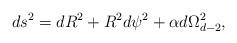
LaTeX: \begin{align*}ds^2 = dR^2 + R^2 d\psi^2 + \alpha d\Omega_{d-2}^2,\end{align*}